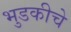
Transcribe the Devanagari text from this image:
भुडकीचे